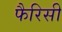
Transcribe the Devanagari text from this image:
फैरिसी